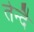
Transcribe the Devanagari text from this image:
तेन्दै